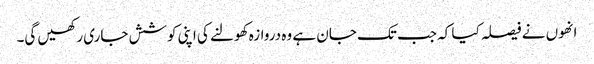
انھوں نے فیصلہ کیا کہ جب تک جان ہے وہ دروازہ کھولنے کی اپنی کوشش جاری رکھیں گی۔